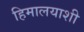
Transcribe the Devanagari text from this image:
हिमालयाशी